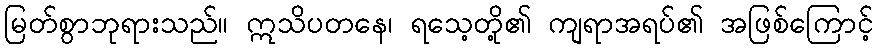
မြတ်စွာဘုရားသည်။ ဣသိပတနေ၊ ရသေ့တို့၏ ကျရာအရပ်၏ အဖြစ်ကြောင့်